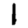
Digit: 1